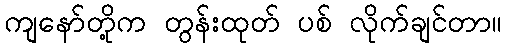
ကျနော်တို့က တွန်းထုတ် ပစ် လိုက်ချင်တာ။